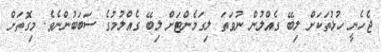
ޖެހެނީ ހުޅުތަކަށް ލިބޭ ގެއްލުން ނުވަތަ ލިގަމެންޓަށް ލިބޭ ގެއްލުމުގެ ސަބަބުންނެވެ. މިގޮތަށް